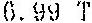
6.99 T